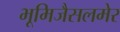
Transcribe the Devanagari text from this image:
भूमिजैसलमेर